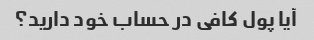
آیا پول کافی در حساب خود دارید؟